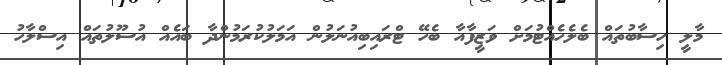
މާލީ ހިސާބުތައް ބެލެހެއްޓުމަށް ވަޒީފާއާ ބެހޭ ޓްރައިބިއުނަލުން އަމަލުކުރަމުންދާ ބައެއް އުސޫލުތައް އިސްލާހު